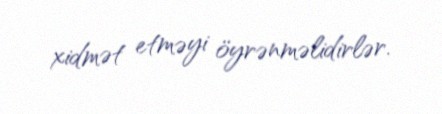
xidmət etməyi öyrənməlidirlər.